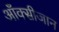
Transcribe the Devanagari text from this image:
आँक्सीजान